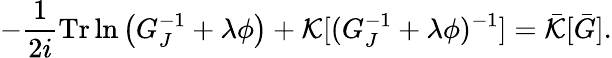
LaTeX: -\frac{1}{2i}\mathrm{Tr}\ln\left(G_{J}^{-1}+\lambda\phi\right)+{\cal K}[(G_{J}^{-1}+\lambda\phi)^{-1}]=\bar{\cal K}[\bar{G}].